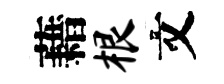
藉根文